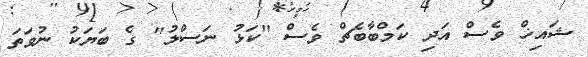
ޝައިޚް ވެސް އަދި ކަމްބާބެޗް ވެސް "ކަޅު ނަސްލު" ގެ ބަޔަކު ނުވަތަ